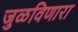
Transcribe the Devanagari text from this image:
जुळविणारा